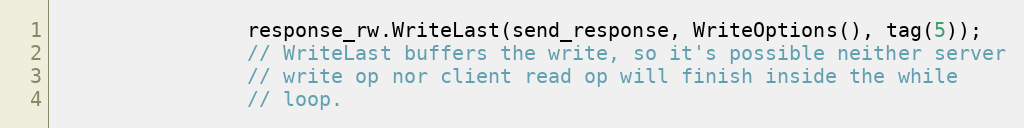
Language: C
                response_rw.WriteLast(send_response, WriteOptions(), tag(5));
                // WriteLast buffers the write, so it's possible neither server
                // write op nor client read op will finish inside the while
                // loop.